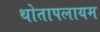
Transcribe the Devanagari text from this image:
थोतापलायम